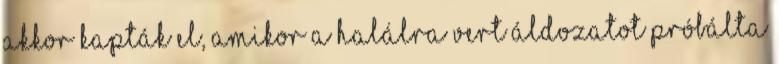
akkor kapták el, amikor a halálra vert áldozatot próbálta